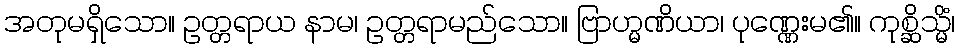
အတုမရှိသော။ ဥတ္တရာယ နာမ၊ ဥတ္တရာမည်သော။ ဗြာဟ္မဏိယာ၊ ပုဏ္ဏေးမ၏။ ကုစ္ဆိသ္မိံ၊